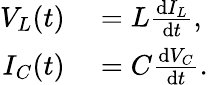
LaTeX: \begin{array}{rl}{V_{L}(t)}&{{}=L{\frac{\mathrm{d}I_{L}}{\mathrm{d}t}},}\\ {I_{C}(t)}&{{}=C{\frac{\mathrm{d}V_{C}}{\mathrm{d}t}}.}\end{array}